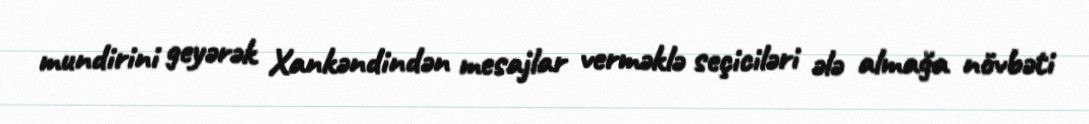
mundirini geyərək Xankəndindən mesajlar verməklə seçiciləri ələ almağa növbəti